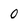
Character: 0